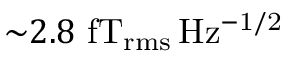
{ \sim } 2 . 8 ~ \mathrm { f T _ { \mathrm { r m s } } \, H z ^ { - 1 / 2 } }